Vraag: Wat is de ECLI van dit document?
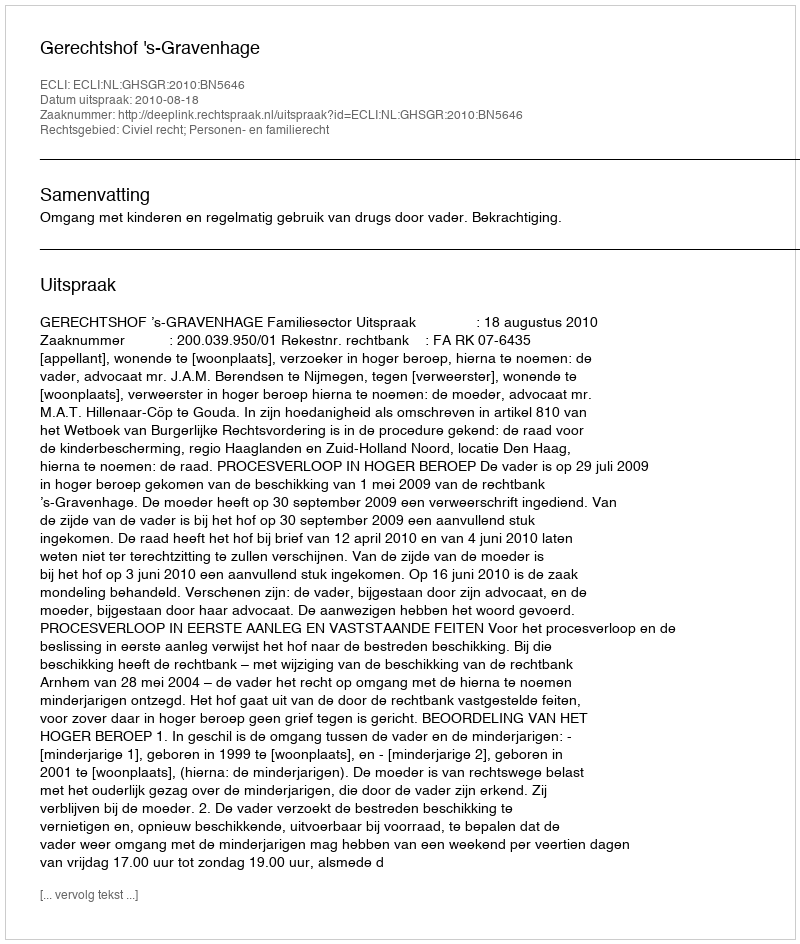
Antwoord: ECLI:NL:GHSGR:2010:BN5646